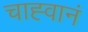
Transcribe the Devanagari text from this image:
चाह्वानं